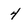
Character: 4